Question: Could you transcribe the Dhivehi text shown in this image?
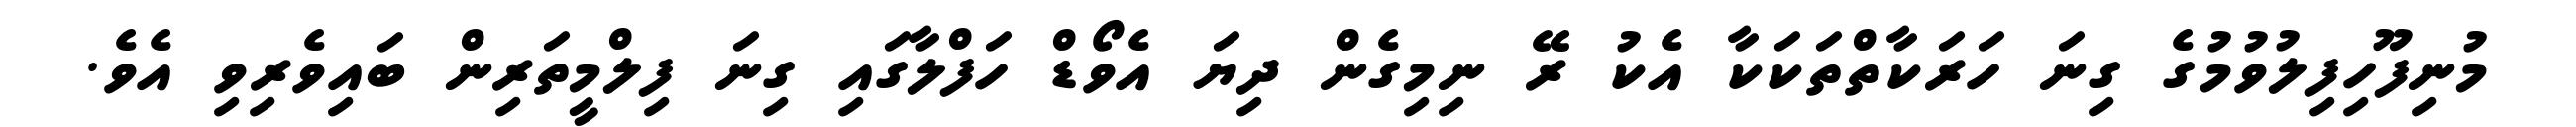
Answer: މުނިފޫހިފިލުވުމުގެ ގިނަ ހަރަކާތްތަކަކާ އެކު ރޭ ނިމިގެން ދިޔަ އެވޯޑް ހަފްލާގައި ގިނަ ފިލްމީތަރިން ބައިވެރިވި އެވެ.